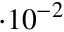
\cdot 1 0 ^ { - 2 }